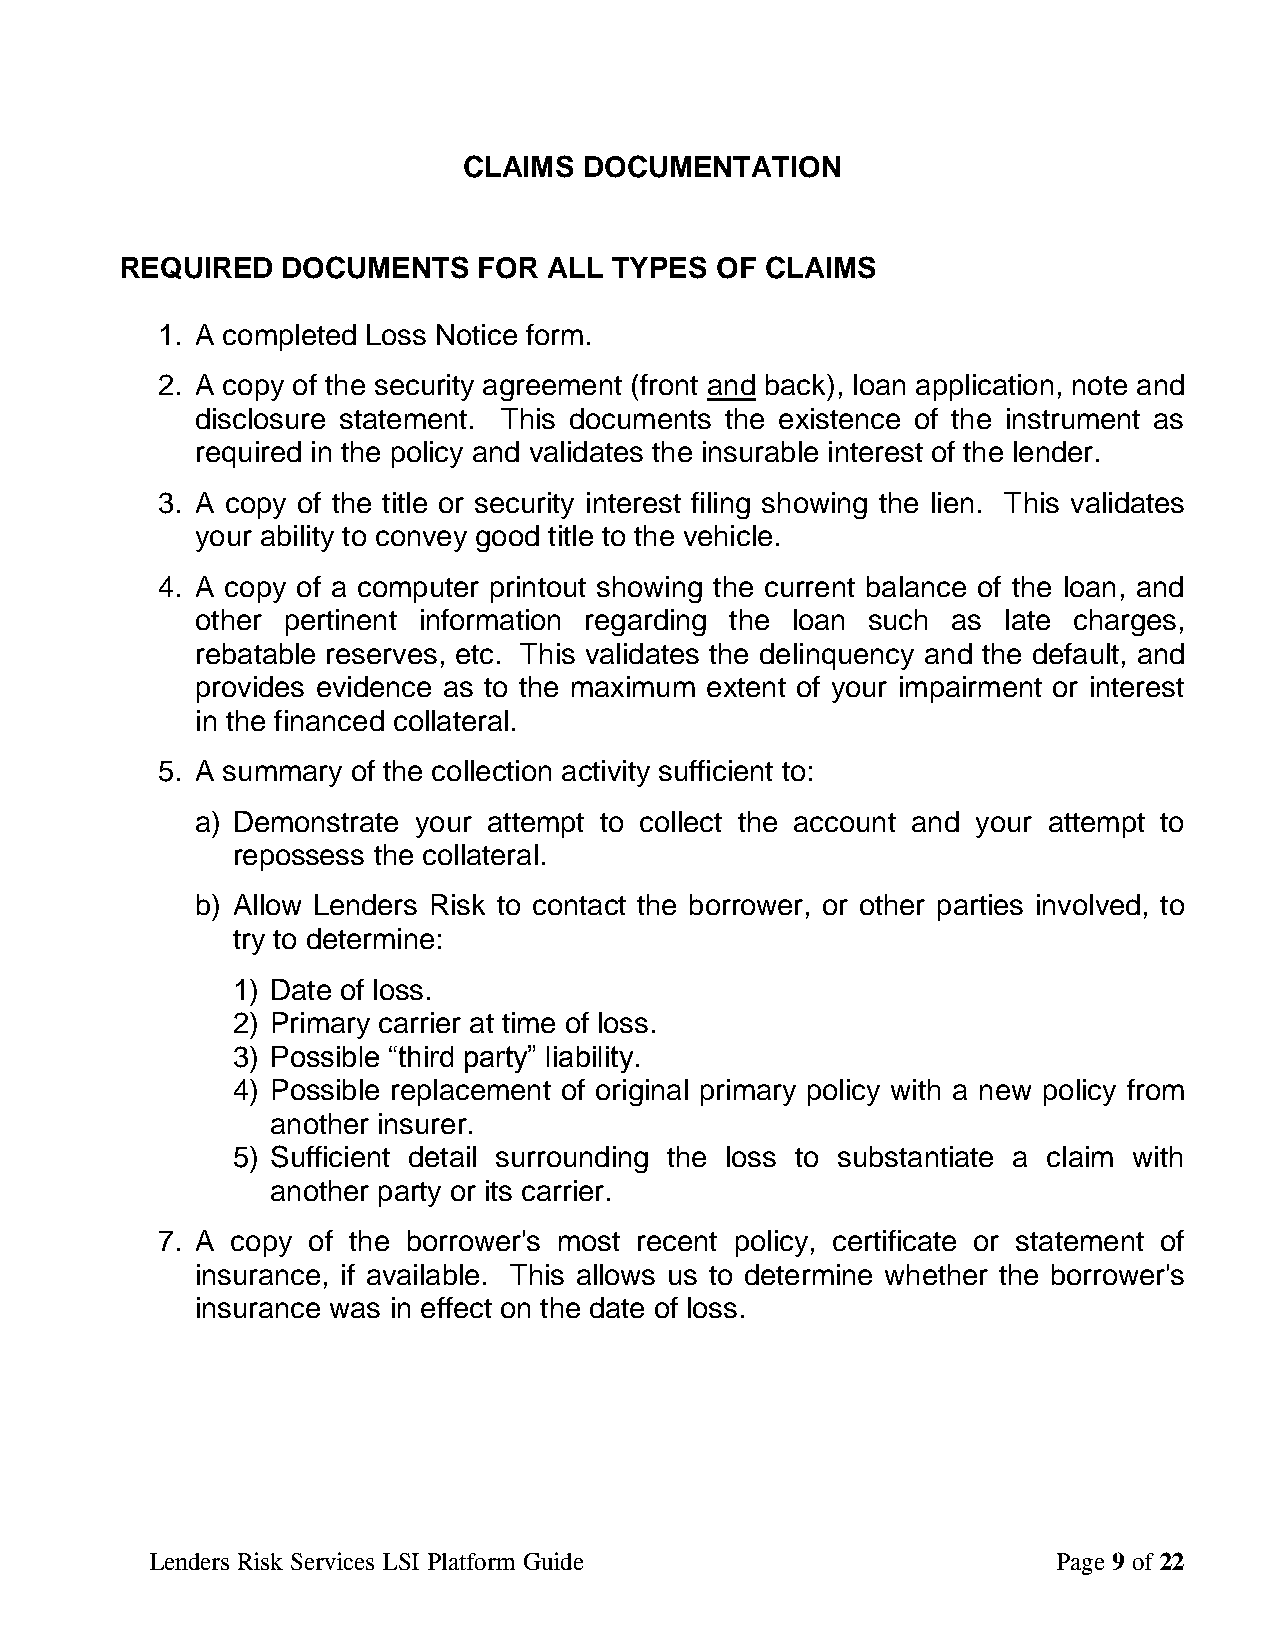
CLAIMS  DOCUMENTATION
 REQUIRED   DOCUMENTS    FOR ALL  TYPES OF  CLAIMS
 1. A completed Loss Notice form.
 2. A copy of the security agreement (front and back), loan application, note and
 disclosure statement. This documents the existence of the instrument as
 required in the policy and validates the insurable interest of the lender.
 3. A copy of the title or security interest filing showing the lien. This validates
 your ability to convey good title to the vehicle.
 4. A copy of a computer printout showing the current balance of the loan, and
 other pertinent information regarding the loan such as late charges,
 rebatable reserves, etc. This validates the delinquency and the default, and
 provides evidence as to the maximum extent of your impairment or interest
 in the financed collateral.
 5. A summary of the collection activity sufficient to:
 a) Demonstrate your attempt to collect the account and your attempt to
 repossess the collateral.
 b) Allow Lenders Risk to contact the borrower, or other parties involved, to
 try to determine:
 1) Date of loss.
 2) Primary carrier at time of loss.
 3) Possible “third party” liability.
 4) Possible replacement of original primary policy with a new policy from
 another insurer.
 5) Sufficient detail surrounding the loss to substantiate a claim with
 another party or its carrier.
 7. A copy of the borrower's most recent policy, certificate or statement of
 insurance, if available. This allows us to determine whether the borrower's
 insurance was in effect on the date of loss.
 Lenders Risk Services LSI Platform Guide                    Page 9 of 22